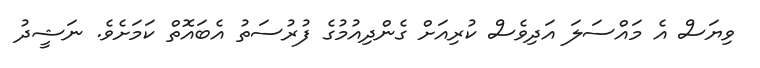
ވިޔަސް އެ މައްސަލަ އަދިވެސް ކުރިއަށް ގެންދިއުމުގެ ފުރުސަތު އެބައޮތް ކަމަށެވެ. ނަޝީދު